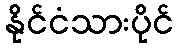
နိုင်ငံသားပိုင်